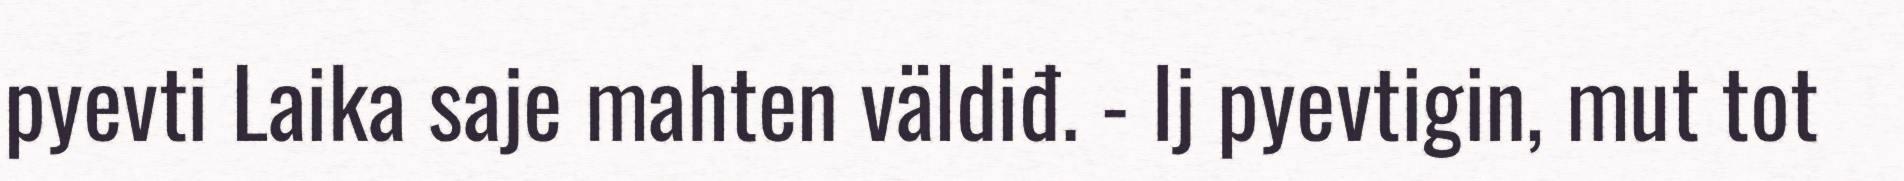
pyevti Laika saje mahten väldiđ. - Ij pyevtigin, mut tot